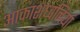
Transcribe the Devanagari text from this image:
आकाशध्वनियां